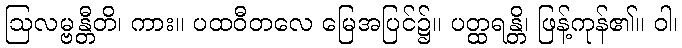
ဩလမ္ဗန္တီတိ၊ ကား။ ပထဝီတလေ မြေအပြင်၌။ ပတ္ထရန္တိ၊ ဖြန့်ကုန်၏။ ဝါ၊